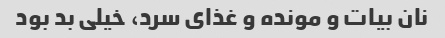
نان بیات و مونده و غذای سرد، خیلی بد بود